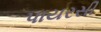
પાયરસી